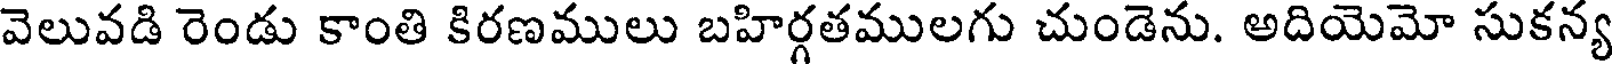
వెలువడి రెండు కాంతి కిరణములు బహిర్గతములగు చుండెను. అదియెమో సుకన్య